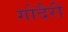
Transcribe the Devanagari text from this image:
गोदैरी